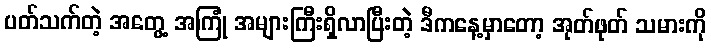
ပတ်သက်တဲ့ အတွေ့ အကြုံ အများကြီးရှိလာပြီးတဲ့ ဒီကနေ့မှာတော့ အုတ်ဖုတ် သမားကို